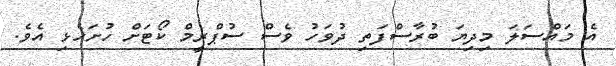
އެ މައްސަލަ މިދިޔަ ބުރާސްފަތި ދުވަހު ވެސް ސުޕްރީމް ކޯޓަށް ހުށަހެޅި އެވެ.